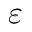
\varepsilon